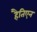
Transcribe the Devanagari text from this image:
हैतिएन